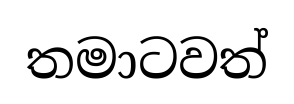
තමාටවත්